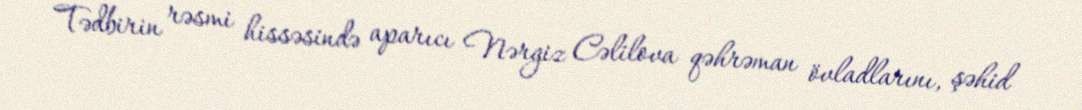
Tədbirin rəsmi hissəsində aparıcı Nərgiz Cəlilova qəhrəman övladlarını, şəhid